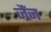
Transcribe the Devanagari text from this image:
जैंज